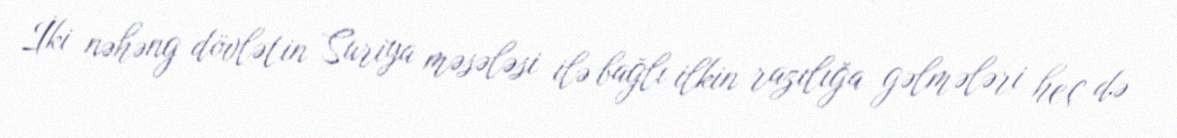
İki nəhəng dövlətin Suriya məsələsi ilə bağlı ilkin razılığa gəlmələri heç də